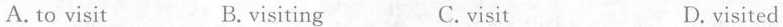
A.to visit B. visiting C.ⅵsit D.visited